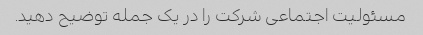
مسئولیت اجتماعی شرکت را در یک جمله توضیح دهید.